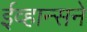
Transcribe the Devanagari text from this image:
ईव्हान्सने